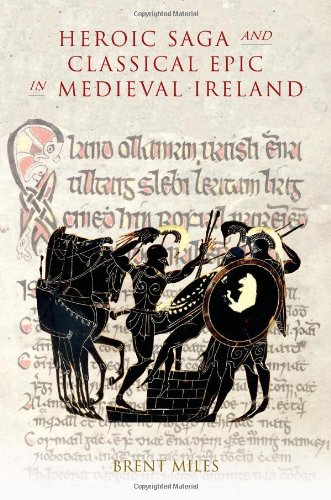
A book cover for Heroic Saga and Classical Epic in Medieval Ireland (Studies in Celtic History); Brent Miles; Literature & Fiction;